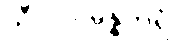
သီလသမ္ပန္နတရံ